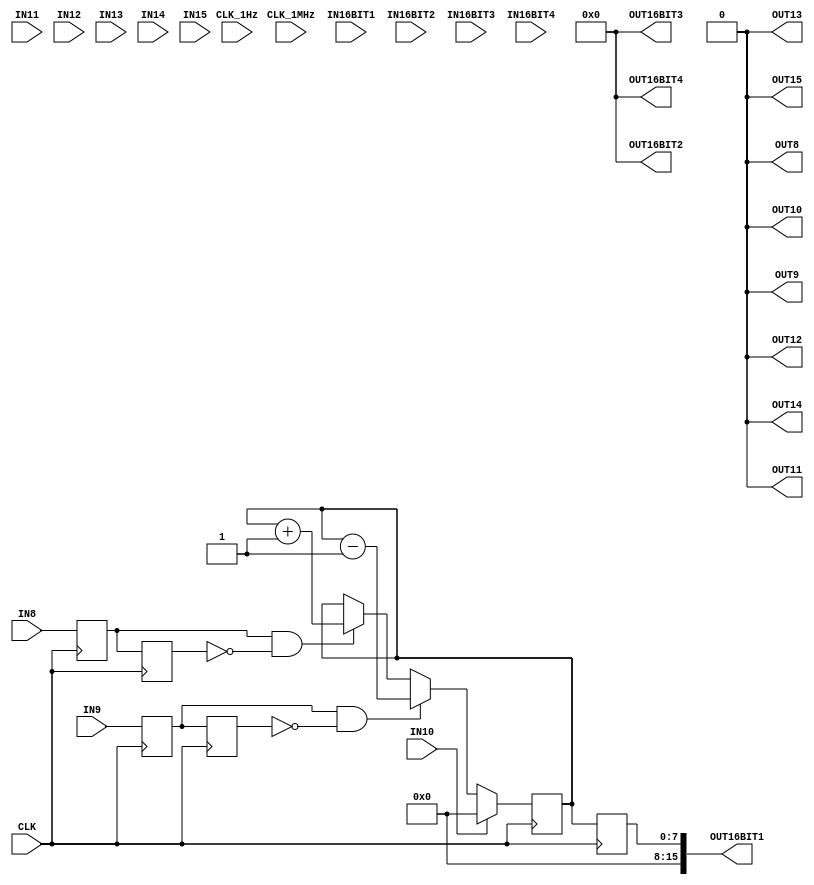
module TEST(
	input CLK,
	input CLK_1MHz,
	input CLK_1Hz,
	input IN8,
	input IN9,
	input IN10,
	input IN11,
	input IN12,
	input IN13,
	input IN14,
	input IN15,
	input [15:0] IN16BIT1,
	input [15:0] IN16BIT2,
	input [15:0] IN16BIT3,
	input signed [15:0] IN16BIT4,	
	//
	output reg OUT8,
	output reg OUT9,
	output reg OUT10, 
	output reg OUT11,
	output reg OUT12,
	output reg OUT13,
	output reg OUT14, 
	output reg OUT15,
	output reg [15:0] OUT16BIT1,
	output reg [15:0] OUT16BIT2,
	output reg [15:0] OUT16BIT3,
	output reg signed [15:0] OUT16BIT4);
	//
	reg [7:0] counter;
	wire IN8re; wire IN8fe;
	wire IN9re; wire IN9fe;
	reg hri1; reg hri2; reg hri3; reg hri4;
	//
	assign IN8re = (hri1 && !hri2);
	assign IN8fe = (!hri1 && hri2);
	assign IN9re = (hri3 && !hri4);
	assign IN9fe = (!hri3 && hri4);	
	//
	initial
	begin
		OUT16BIT1 <= 0;
		OUT16BIT2 <= 0;
		OUT16BIT3 <= 0;
		OUT16BIT4 <= 0;
		OUT8 <= 0; OUT9 <= 0; OUT10 <= 0; OUT11 <= 0; OUT12 <= 0; OUT13 <= 0; OUT14 <= 0; OUT15 <= 0;
		//
		counter <= 0;
		hri1 <= 0; hri2 <= 0; hri3 <= 0; hri4 <= 0;
	end
	//
	always @(posedge CLK)
	begin
		//
		// Flankenauswertung
		hri1 <= IN8;
		hri2 <= hri1;	
		hri3 <= IN9;
		hri4 <= hri3;	
		//
		if (IN8re) counter <= counter + 1;
		if (IN9re) counter <= counter - 1;
		if (IN10) counter <= 0;
		//
		OUT16BIT1[7:0] <= counter[7:0];
		//
	end
endmodule